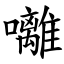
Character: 囄